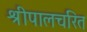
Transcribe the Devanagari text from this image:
श्रीपालचरित